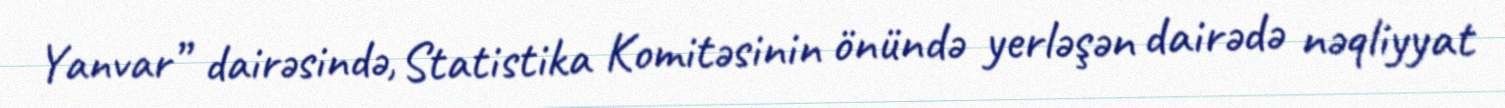
Yanvar” dairəsində, Statistika Komitəsinin önündə yerləşən dairədə nəqliyyat